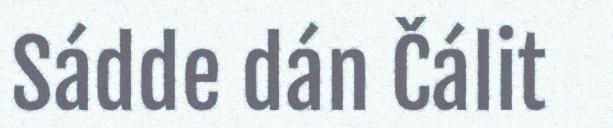
Sádde dán Čálit